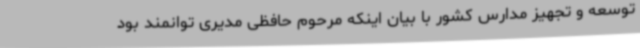
توسعه و تجهیز مدارس کشور با بیان اینکه مرحوم حافظی مدیری توانمند بود